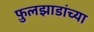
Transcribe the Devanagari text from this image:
फ़ुलझाडांच्या